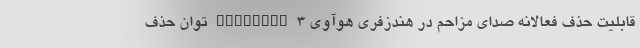
قابلیت حذف فعالانه صدای مزاحم در هندزفری هوآوی Freebuds 3 توان حذف